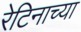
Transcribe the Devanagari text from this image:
रेटिनाच्या